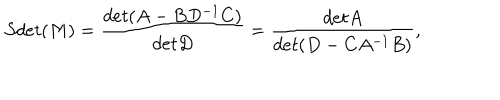
S d e t ( M ) = { \frac { d e t ( A - B D ^ { - 1 } C ) } { d e t D } } = { \frac { d e t A } { d e t ( D - C A ^ { - 1 } B ) } } ,